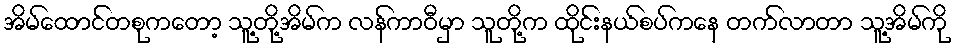
အိမ်ထောင်တစုကတော့ သူ့တို့အိမ်က လန်ကာဝီမှာ သူတို့က ထိုင်းနယ်စပ်ကနေ တက်လာတာ သူ့အိမ်ကို